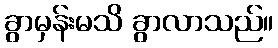
ခွာမှန်းမသိ ခွာလာသည်။